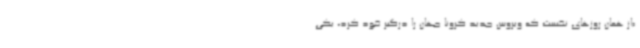
«از همان روزهای نخست که ویروس جدید کرونا جهان را درگیر خود کرد، یکی